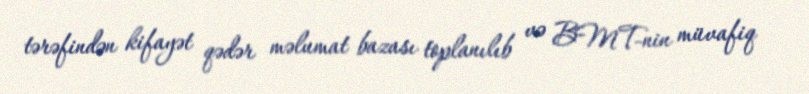
tərəfindən kifayət qədər məlumat bazası toplanılıb və BMT-nin müvafiq